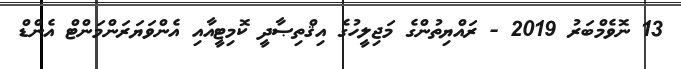
13 ނޮވެމްބަރު 2019 - ރައްޔިތުންގެ މަޖިލީހުގެ އިޤްތިޞާދީ ކޮމިޓީއާއި އެންވަޔަރަންމަންޓް އެންޑް